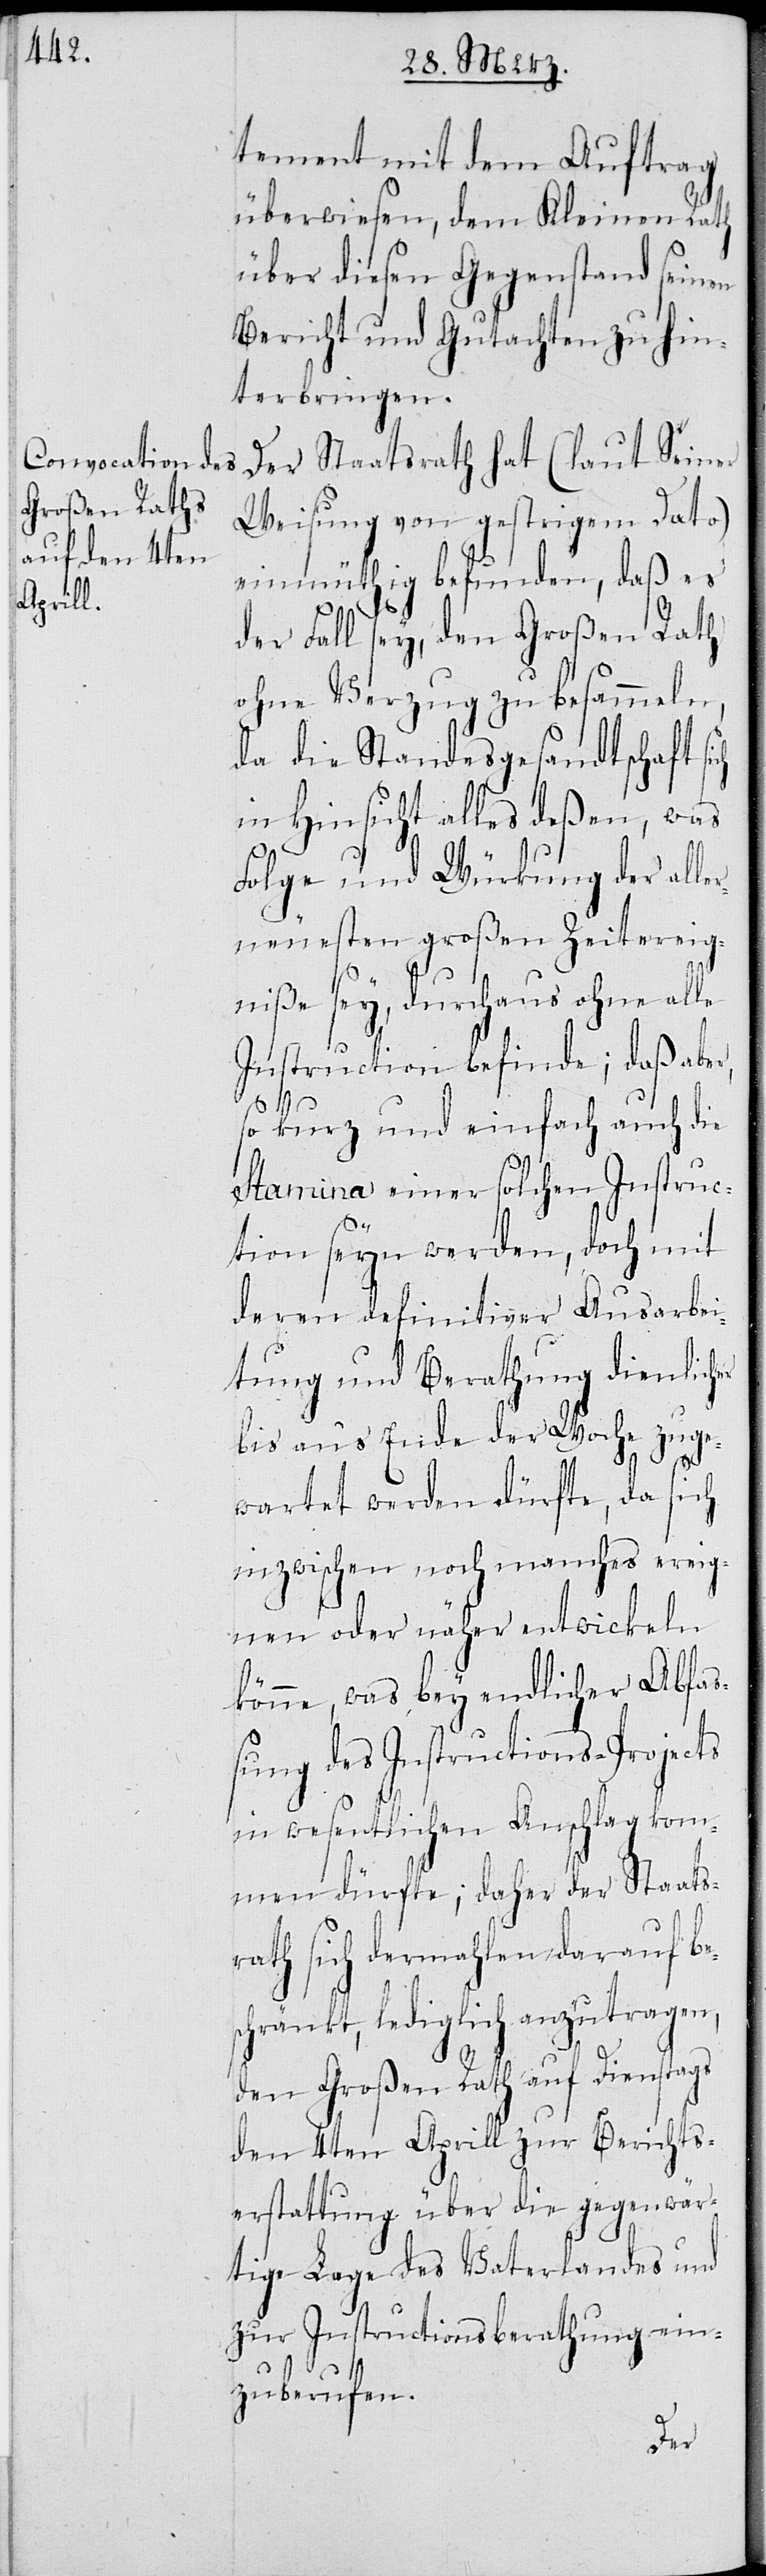
tement mit dem Auftrag
überwiesen, dem Kleinen Rath
über diesen Gegenstand seinen
Bericht und Gutachten zu hin¬
terbringen.
Der Staatsrath hat (laut Seiner
Weisung von gestrigem Dato)
einmüthig befunden, daß es
der Fall sey, den Großen Rath
ohne Verzug zu besammeln,
da die Standesgesandtschaft sich
in Hinsicht alles deßen, was
Folge und Würkung der alle¬
rneuesten großen Zeitereig¬
niße sey, durchaus ohne alle
Instruction befinde; daß aber,
so kurz und einfach auch die
Stamina einer solchen Instruc¬
tion seyn werden, doch mit
deren definitiver Ausarbei¬
tung und Berathung dienlicher
bis ans Ende der Woche zuge¬
wartet werden dürfte, da sich
inzwischen noch einiges ereig¬
nen oder näher entwickeln
könne, was bey endlicher Abfa¬
ßung des Instructions-Projects
in wesentlichen Anschlag kom¬
men dürfte; daher der Staats¬
rath sich dermahlen darauf be¬
schränkt, lediglich anzutragen,
den Großen Rath auf Dienstags
den 4ten Aprill zur Berichts¬
erstattung über die gegenwär¬
tige Lage des Vaterlandes und
zur Instructionsberathung ein¬
zuberufen.